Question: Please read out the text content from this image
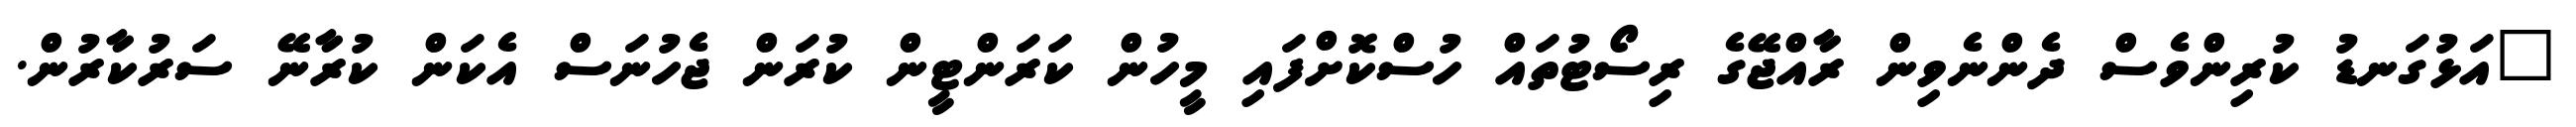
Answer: "އަޅުގަނޑު ކުރިންވެސް ދެންނެވިން ރާއްޖޭގެ ރިސޯޓުތައް ހުސްކޮށްފައި މީހުން ކަރަންޓީން ކުރަން ޖެހުނަސް އެކަން ކުރާނޭ ސަރުކާރުން.